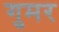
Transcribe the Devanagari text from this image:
गुमर